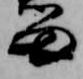
留